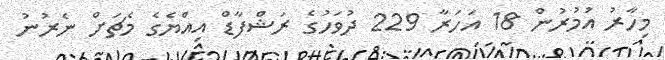
މިހާރު އުމުރުން 18 އަހަރާ 229 ދުވަހުގެ ރަޝްފާޑް އިއްޔެގެ މެޗަށް ނެރުނު